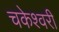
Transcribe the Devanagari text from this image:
चकेश्वरी